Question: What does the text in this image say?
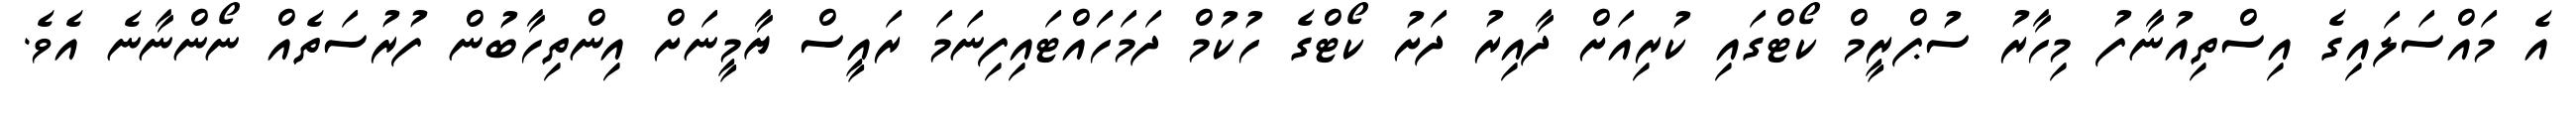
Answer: އެ މައްސަލައިގެ އިސްތިއުނާފު މިހާރު ސުޕްރީމް ކޯޓްގައި ކުރިއަށް ދާއިރު ދަށު ކޯޓްގެ ހުކުމް ދަމަހަައްޓައިފިނަމަ ރައީސް ޔާމީނަށް އިންތިހާބުން ފުރުސަތެއް ނޯންނާނެ އެވެ.